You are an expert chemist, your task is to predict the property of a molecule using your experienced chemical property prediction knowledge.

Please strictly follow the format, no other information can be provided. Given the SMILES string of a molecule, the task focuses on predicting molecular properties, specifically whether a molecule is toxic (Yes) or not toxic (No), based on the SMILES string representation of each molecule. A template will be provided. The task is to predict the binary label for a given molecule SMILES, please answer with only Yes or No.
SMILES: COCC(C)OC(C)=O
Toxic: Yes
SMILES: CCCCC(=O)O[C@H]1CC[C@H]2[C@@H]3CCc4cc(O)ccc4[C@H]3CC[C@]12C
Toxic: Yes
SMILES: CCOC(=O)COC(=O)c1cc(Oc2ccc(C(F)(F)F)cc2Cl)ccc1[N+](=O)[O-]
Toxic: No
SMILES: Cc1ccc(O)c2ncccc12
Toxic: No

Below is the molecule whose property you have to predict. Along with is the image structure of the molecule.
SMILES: CN(C)C(=O)NC1(c2ccccc2)CCN(CCC[C@@]2(c3ccc(Cl)c(Cl)c3)CCCN(C(=O)c3ccccc3)C2)CC1
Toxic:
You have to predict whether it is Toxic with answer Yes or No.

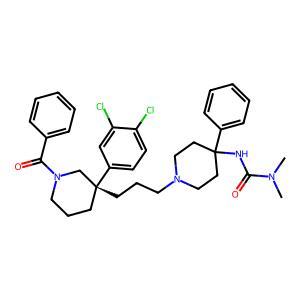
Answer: No